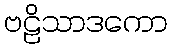
ဗဠိသာဒကော